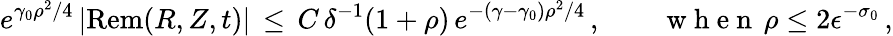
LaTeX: e^{\gamma_{0}\rho^{2}/4}\, |\mathrm{Rem}(R,Z,t)|\, \le\, C\, \delta^{-1}(1+\rho)\, e^{-(\gamma-\gamma_{0})\rho^{2}/4}\, ,\qquad\mathrm{~w~h~e~n~}\, \rho\le 2\epsilon^{-\sigma_{0}}\, ,